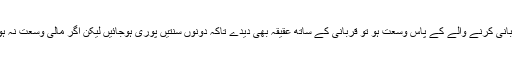
ایسے شخص کی طرف سے قربانی جس کا عقیقہ نہیں دیا گیا : اگر قربانی کرنے والے کے پاس وسعت ہو تو قربانی کے ساتھ عقیقہ بھی دیدے تاکہ دونوں سنتیں پوری ہوجائیں لیکن اگر مالی وسعت نہ ہو تو بہرحال قربانی کا وقت ہے اس وجہ سے قربانی دینا ہی اولی ہے ۔